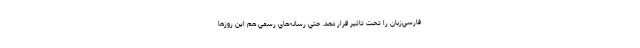
فارسي‌زبان را تحت تاثير قرار دهد. حتي رسانه‌هاي رسمي هم اين روزها